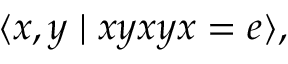
\langle x , y \mid x y x y x = e \rangle ,